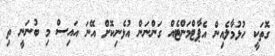
ގޮތަކީ ހުޅުމާލެއިން އެޕާޓްމަންޓެއް ގަންނަން އުޅެނިކޮށް އޭނަ އައިސް މި ބުނަނީ ތި